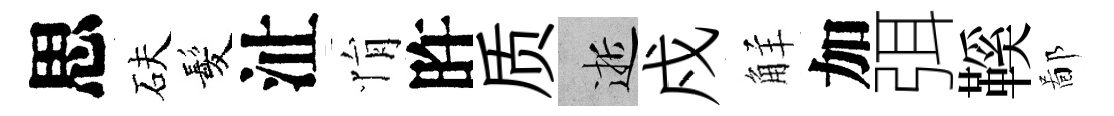
思砆髪沚悁旿质逝戍觧加弭鞵鄙